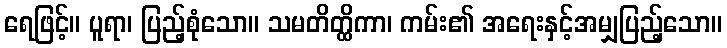
ရေဖြင့်။ ပူရာ၊ ပြည့်စုံသော။ သမတိတ္ထိကာ၊ ကမ်း၏ အရေးနှင့်အမျှပြည့်သော။